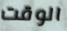
الوقت